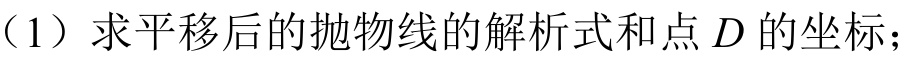
（1）求平移后的抛物线的解析式和点 \(D\) 的坐标；